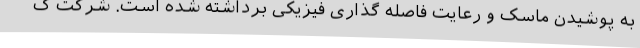
به پوشیدن ماسک و رعایت فاصله گذاری فیزیکی برداشته شده است. شرکت ک